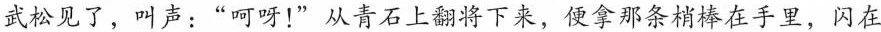
武松见了，叫声：”呵呀！”从青石上翻将下来，便拿那条梢棒在手里，闪在